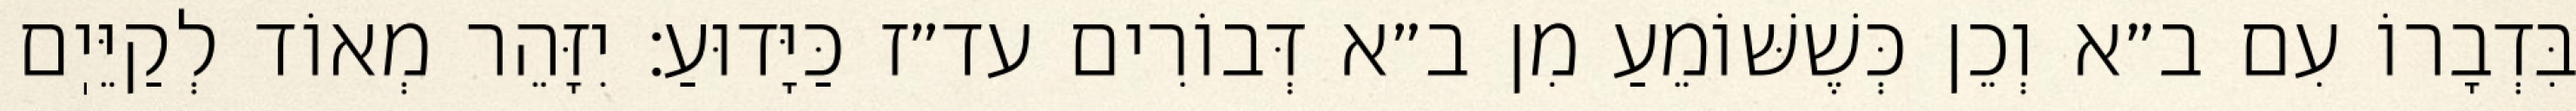
בִּדְבָרוֹ עִם ב״א וְכֵן כְּשֶׁשּׁוֹמֵעַ מִן ב״א דְּבוֹרִים עד״ז כַּיָּדוּעַ: יִזָּהֵר מְאוֹד לְקַיֵּיֽם